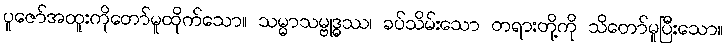
ပူဇော်အထူးကိုတော်မူထိုက်သော။ သမ္မာသမ္ဗုဒ္ဓဿ၊ ခပ်သိမ်းသော တရားတို့ကို သိတော်မူပြီးသော။